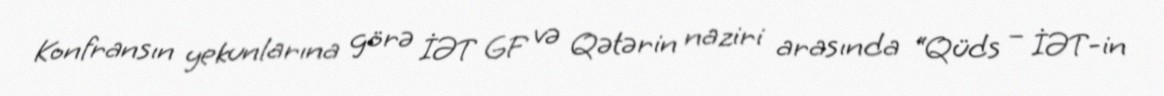
Konfransın yekunlarına görə İƏT GF və Qətərin naziri arasında “Qüds – İƏT-in